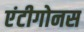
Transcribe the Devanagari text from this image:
एंटीगोनस